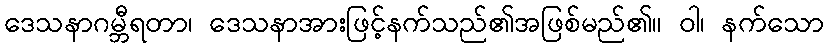
ဒေသနာဂမ္ဘီရတာ၊ ဒေသနာအားဖြင့်နက်သည်၏အဖြစ်မည်၏။ ဝါ၊ နက်သော